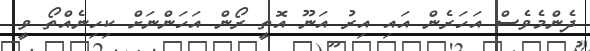
ދެންމެވެސް އަހަރެން އައި އިރު އަނޫ އޮތީ ރޯން އަހަންނަށް ކިހިނެއްތޯ ވީ